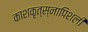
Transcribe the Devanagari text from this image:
काशकृत्स्नापिशली